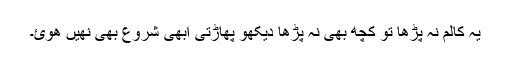
یہ کالم نہ پڑھا تو کچھ بھی نہ پڑھا دیکھو پھاڑتی ابھی شروع بھی نھیں ھوئ۔